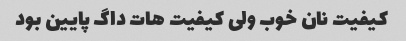
کیفیت نان خوب ولی کیفیت هات داگ پایین بود